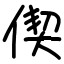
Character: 偰